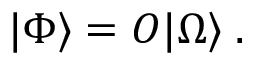
| \Phi \rangle = { \cal O } | \Omega \rangle \; .